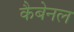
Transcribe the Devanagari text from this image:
कैबेनल